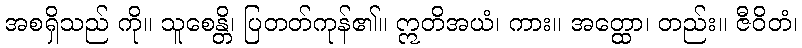
အစရှိသည် ကို။ သူစေန္တိ၊ ပြတတ်ကုန်၏။ ဣတိအယံ၊ ကား။ အတ္ထော၊ တည်း။ ဇီဝိတံ၊